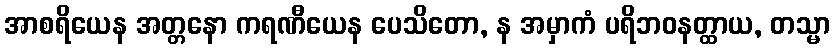
အာစရိယေန အတ္တနော ကရဏီယေန ပေသိတော, န အမှာကံ ပရိဘဝနတ္ထာယ, တသ္မာ